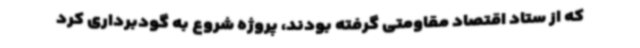
که از ستاد اقتصاد مقاومتی گرفته بودند، پروژه شروع به گودبرداری کرد